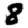
Digit: 8